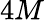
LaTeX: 4M